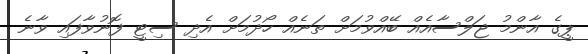
ޕީގެ އާންމު ޖަލްސާއެއް ބޭއްވުމަށް ތަނެއް ހޯދުމަށް އެދި ސިޓީ ފޮނުވާފައި ވާނެ